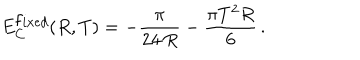
E _ { C } ^ { { \mathrm { f } i x e d } } ( R , T ) = - \frac { \pi } { 2 4 \, R } - \frac { \pi T ^ { 2 } R } { 6 } \, { . }